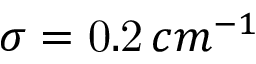
\sigma = \mathrm { 0 . 2 } \, c m ^ { - 1 }